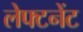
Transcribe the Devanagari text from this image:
लेफ्टनेंट